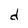
Character: d